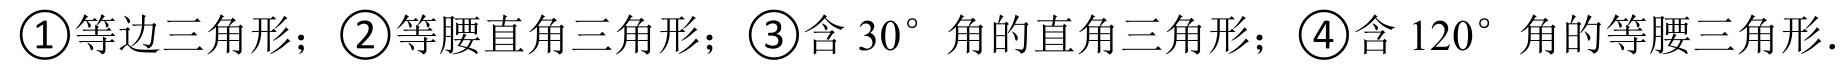
\textcircled{1}等边三角形；\textcircled{2}等腰直角三角形；\textcircled{3}含\(30^{\circ}\)角的直角三角形；\textcircled{4}含\(120^{\circ}\)角的等腰三角形.